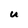
Character: U